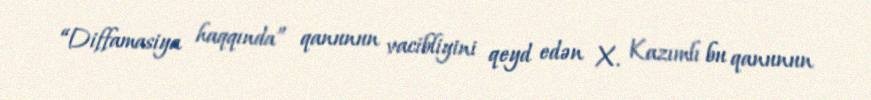
“Diffamasiya haqqında” qanunun vacibliyini qeyd edən X. Kazımlı bu qanunun